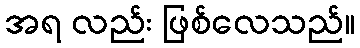
အရ လည်း ဖြစ်လေသည်။